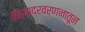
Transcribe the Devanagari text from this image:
सैह्याद्रवर्णनातून